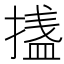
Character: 𭡴